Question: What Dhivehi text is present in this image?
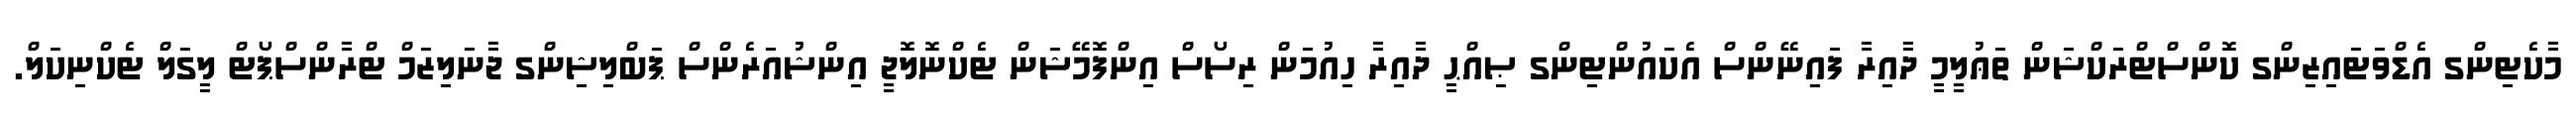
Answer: މާކެޓިންގ އެޑްވަޓައިޒިންގ ކޮންސްޓްރަކްޝަން ތަޢުލީމީ ދާއިރާ ފައިނޭންސް އެކައުންޓިންގ ޞިއްޙީ ދާއިރާ ހިއުމަން ރިސޯސް އިންފޮމޭޝަން ޓެކްނޮލޮޖީ އިންޝުއަރެންސް ޕަބްލިޝިންގ ޖާނަލިޒަމް ޓްރާންސްޕޯޓް ލީގަލް ޓެކްނިކަލް.